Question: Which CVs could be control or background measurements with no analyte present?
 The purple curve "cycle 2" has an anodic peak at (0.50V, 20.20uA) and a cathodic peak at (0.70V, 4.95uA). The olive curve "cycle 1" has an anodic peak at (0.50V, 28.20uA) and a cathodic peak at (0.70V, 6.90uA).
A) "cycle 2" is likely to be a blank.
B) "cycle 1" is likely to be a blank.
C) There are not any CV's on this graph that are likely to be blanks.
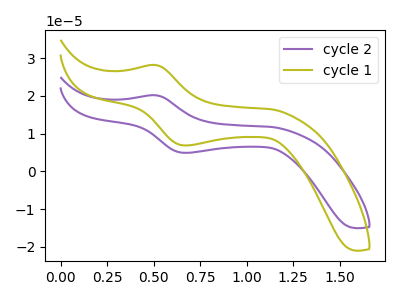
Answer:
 <answer>C) There are not any CV's on this graph that are likely to be blanks.</answer>
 <eval>C</eval>